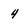
Character: 4